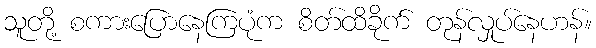
သူတို့ စကားပြောနေကြပုံက စိတ်ထိခိုက် တုန်လှုပ်နေဟန်။